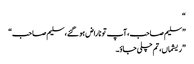
“
”سلیم صاحب، آپ تو ناراض ہو گئے، سلیم صاحب“
”ریشماں، تم چلی جاؤ۔